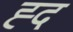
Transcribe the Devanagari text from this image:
ह्द